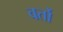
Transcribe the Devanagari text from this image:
वर्तो